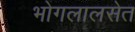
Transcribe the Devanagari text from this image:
भोगलालसेत